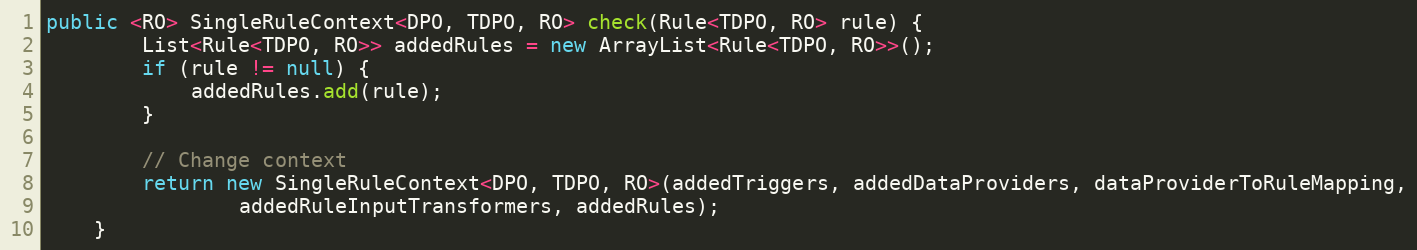
Language: Java
public <RO> SingleRuleContext<DPO, TDPO, RO> check(Rule<TDPO, RO> rule) {
        List<Rule<TDPO, RO>> addedRules = new ArrayList<Rule<TDPO, RO>>();
        if (rule != null) {
            addedRules.add(rule);
        }

        // Change context
        return new SingleRuleContext<DPO, TDPO, RO>(addedTriggers, addedDataProviders, dataProviderToRuleMapping,
                addedRuleInputTransformers, addedRules);
    }